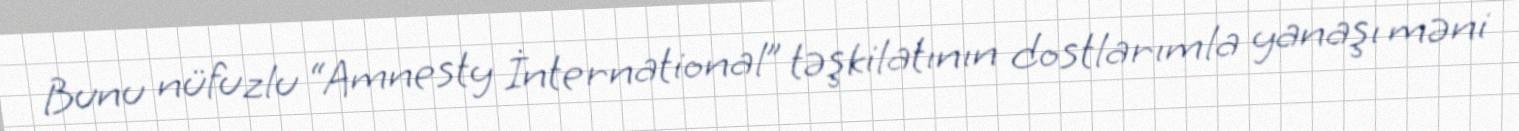
Bunu nüfuzlu “Amnesty İnternational” təşkilatının dostlarımla yanaşı məni